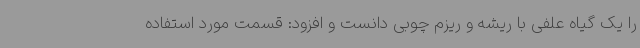
را یک گیاه علفی با ریشه و ریزم چوبی دانست و افزود: قسمت مورد استفاده